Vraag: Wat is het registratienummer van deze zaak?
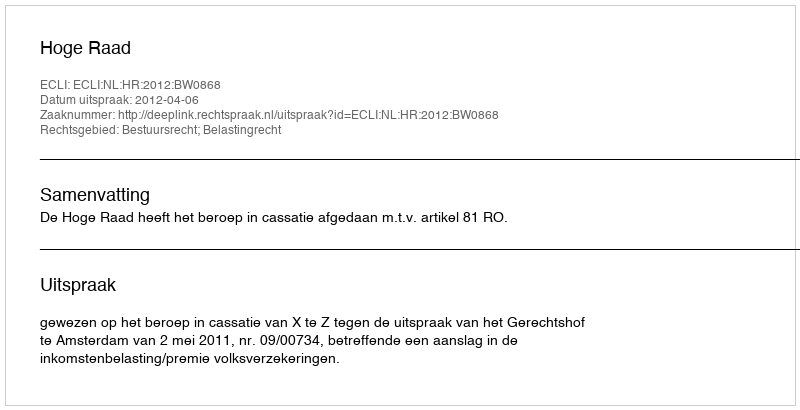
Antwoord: http://deeplink.rechtspraak.nl/uitspraak?id=ECLI:NL:HR:2012:BW0868